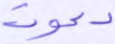
دعوت